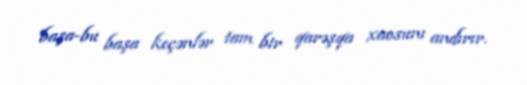
başa-bu başa keçənlər tam bir qarəşqa xaosunı andırır.